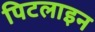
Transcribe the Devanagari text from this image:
पिटलाइन